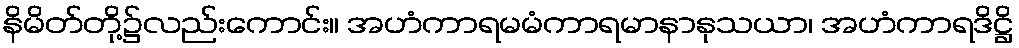
နိမိတ်တို့၌လည်းကောင်း။ အဟံကာရမမံကာရမာနာနုသယာ၊ အဟံကာရဒိဋ္ဌိ